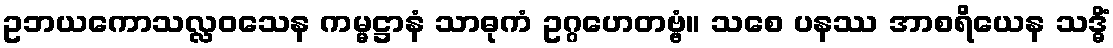
ဥဘယကောသလ္လဝသေန ကမ္မဋ္ဌာနံ သာဓုကံ ဥဂ္ဂဟေတဗ္ဗံ။ သစေ ပနဿ အာစရိယေန သဒ္ဓိံ